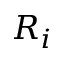
R _ { i }